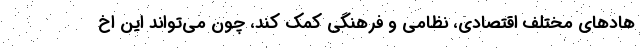
هادهای مختلف اقتصادی، نظامی و فرهنگی کمک کند، چون می‌تواند این اخ